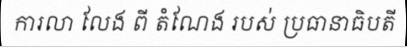
ការលា លែង ពី តំណែង របស់ ប្រធានាធិបតី